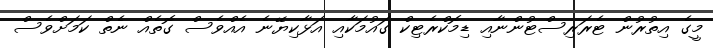
މީގެ އިތުރުން ޓެރަރިސްޓުންނާއި ޑިމޮކްރެޓިކް ގައުމަކާއި އަޅާކިޔޭނެ އެއްވެސް ގޮތެއް ނެތް ކަމަށްވެސް